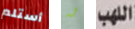
أستلم له اللهب